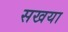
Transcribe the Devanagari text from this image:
सखया